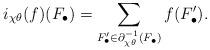
LaTeX: \begin{align*} i_{\chi\theta}(f)(F_\bullet) = \sum_{F'_\bullet\in\partial_{\chi\theta}^{-1}(F_\bullet)} f(F'_\bullet).\end{align*}